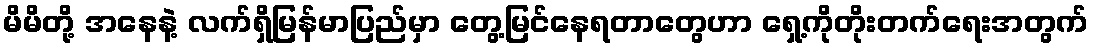
မိမိတို့ အနေနဲ့ လက်ရှိမြန်မာပြည်မှာ တွေ့မြင်နေရတာတွေဟာ ရှေ့ကိုတိုးတက်ရေးအတွက်